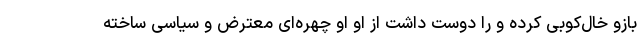
بازو خال‌کوبی کرده و را دوست داشت از او او چهره‌ای معترض و سیاسی ساخته